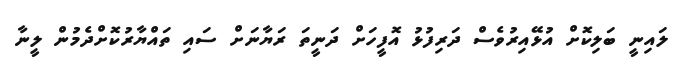
ލައިނީ ބަލިކޮށް އުޅޭއިރުވެސް ދަރިފުޅު އޮފީހަށް ދަނީތަ ރަޔާނަށް ސައި ތައްޔާރުކޮށްދެމުން ލީނާ